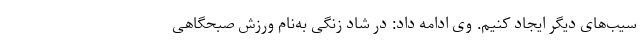
سیب‌های دیگر ایجاد کنیم. وی ادامه داد: در شاد زنگی به‌نام ورزش صبحگاهى